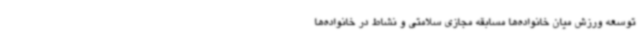
توسعه ورزش میان خانواده‌ها مسابقه مجازی سلامتی و نشاط در خانواده‌ها